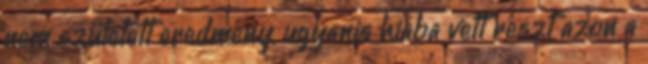
nem született eredmény, ugyanis hiába vett részt azon a